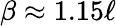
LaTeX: \beta\approx 1.15\ell